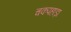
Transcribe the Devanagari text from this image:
चकपहाड़ा